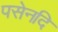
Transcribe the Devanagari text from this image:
पसेनदि